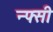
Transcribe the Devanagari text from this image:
न्फ्सी